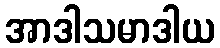
အာဒါသမာဒါယ